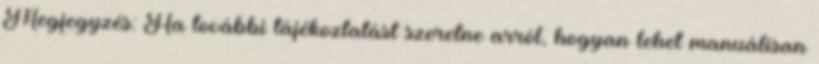
Megjegyzés: Ha további tájékoztatást szeretne arról, hogyan lehet manuálisan